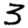
Digit: 3